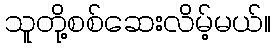
သူတို့စစ်ဆေးလိမ့်မယ်။